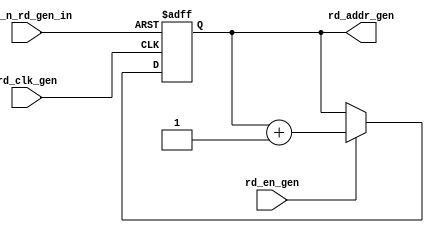
//READ ADDRESS GENERATOR
module rd_addr_gen#(parameter addr_width_rd_gen=4)			
                   (output [addr_width_rd_gen:0]rd_addr_gen,			 
                    input rd_en_gen,			 
                    input rd_clk_gen,			 
                    input rst_n_rd_gen_in);
  reg [addr_width_rd_gen:0]rd_addr1;
  wire [addr_width_rd_gen:0]rd_addr2;
  always@(posedge rd_clk_gen, negedge rst_n_rd_gen_in)	
    //Squential part
    begin	
      if(!rst_n_rd_gen_in)	
        rd_addr1<=0; //reset	
      else				
        rd_addr1<=rd_addr2;	//Hold State
    end
  //Combinational Part
  assign	rd_addr2=rd_en_gen?rd_addr1+1:rd_addr1;		//A Multiplexer that allows incremented o/p or same o/p based on write enable
  assign rd_addr_gen=rd_addr1;
endmodule